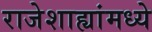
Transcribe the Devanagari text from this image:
राजेशाह्यांमध्ये